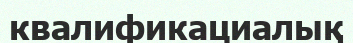
квалификациалық